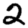
Digit: 2